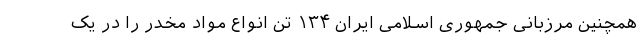
همچنین مرزبانی جمهوری اسلامی ایران ۱۳۴ تن انواع مواد مخدر را در یک